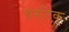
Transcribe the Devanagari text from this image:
वर्सटेक